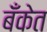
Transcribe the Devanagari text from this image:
बॅँकेत